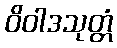
ဝိဝါဒသုတ္တံ